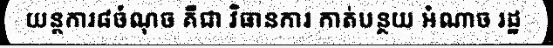
យន្តការ៨ចំណុច គឺជា វិធានការ កាត់បន្ថយ អំណាច រដ្ឋ